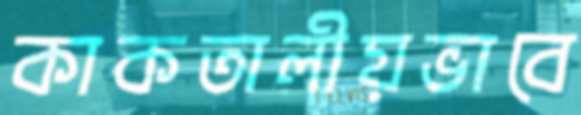
কাকতালীয়ভাবে